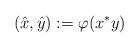
LaTeX: \begin{align*}\left( \hat{x},\hat{y}\right) :=\varphi (x^{*}y)\end{align*}